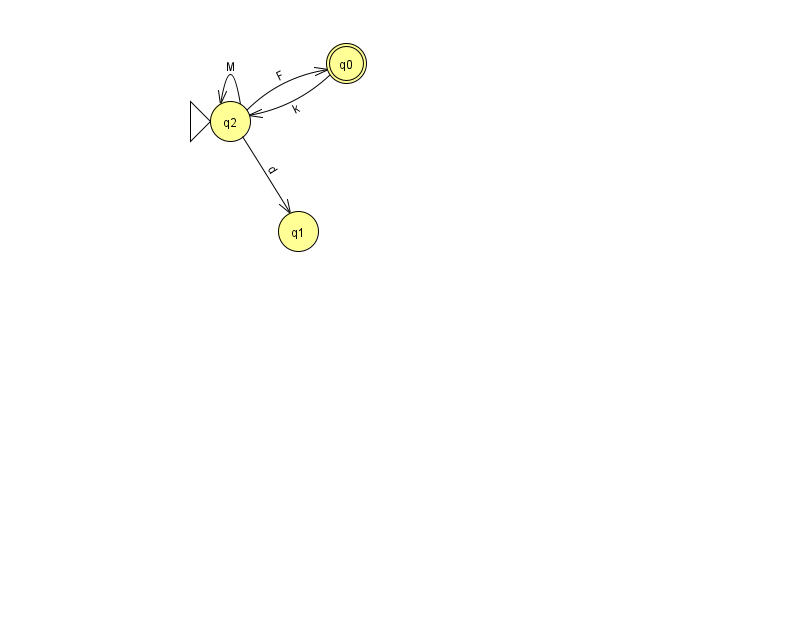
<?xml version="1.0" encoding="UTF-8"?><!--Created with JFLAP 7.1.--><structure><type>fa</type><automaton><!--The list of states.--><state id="0" name="q0"><x>346.0</x><y>50.0</y><final/></state><state id="1" name="q1"><x>298.0</x><y>218.0</y></state><state id="2" name="q2"><x>230.0</x><y>108.0</y><initial/></state><!--The list of transitions.--><transition><from>2</from><to>1</to><read>d</read></transition><transition><from>2</from><to>0</to><read>F</read></transition><transition><from>2</from><to>2</to><read>M</read></transition><transition><from>0</from><to>2</to><read>k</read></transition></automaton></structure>